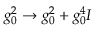
g _ { 0 } ^ { 2 } \to g _ { 0 } ^ { 2 } + g _ { 0 } ^ { 4 } I